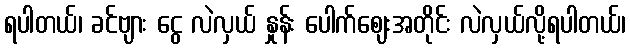
ရပါတယ်၊ ခင်ဗျား ငွေ လဲလှယ် နှုန်း ပေါက်ဈေးအတိုင်း လဲလှယ်လို့ရပါတယ်၊